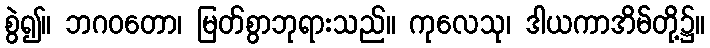
စွဲ၍။ ဘဂဝတော၊ မြတ်စွာဘုရားသည်။ ကုလေသု၊ ဒါယကာအိမ်တို့၌။